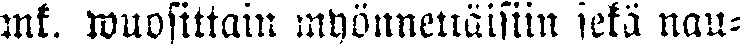
mk. wuosittain myönnettäisiin sekä nau-